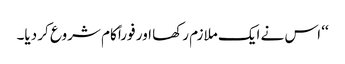
‘‘ اس نے ایک ملازم رکھا اور فوراً کام شروع کر دیا۔